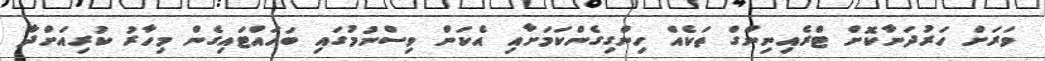
ވަރަށް ހަރުދަނާކޮށް ޓްރެއިނިންގް ތަކެއް ހިންގިގެންކަމަށާއި އެކަން ވިސްނުމުގައި ބަހައްޓައިގެން މިހާރު ކުރިއަށްދާ